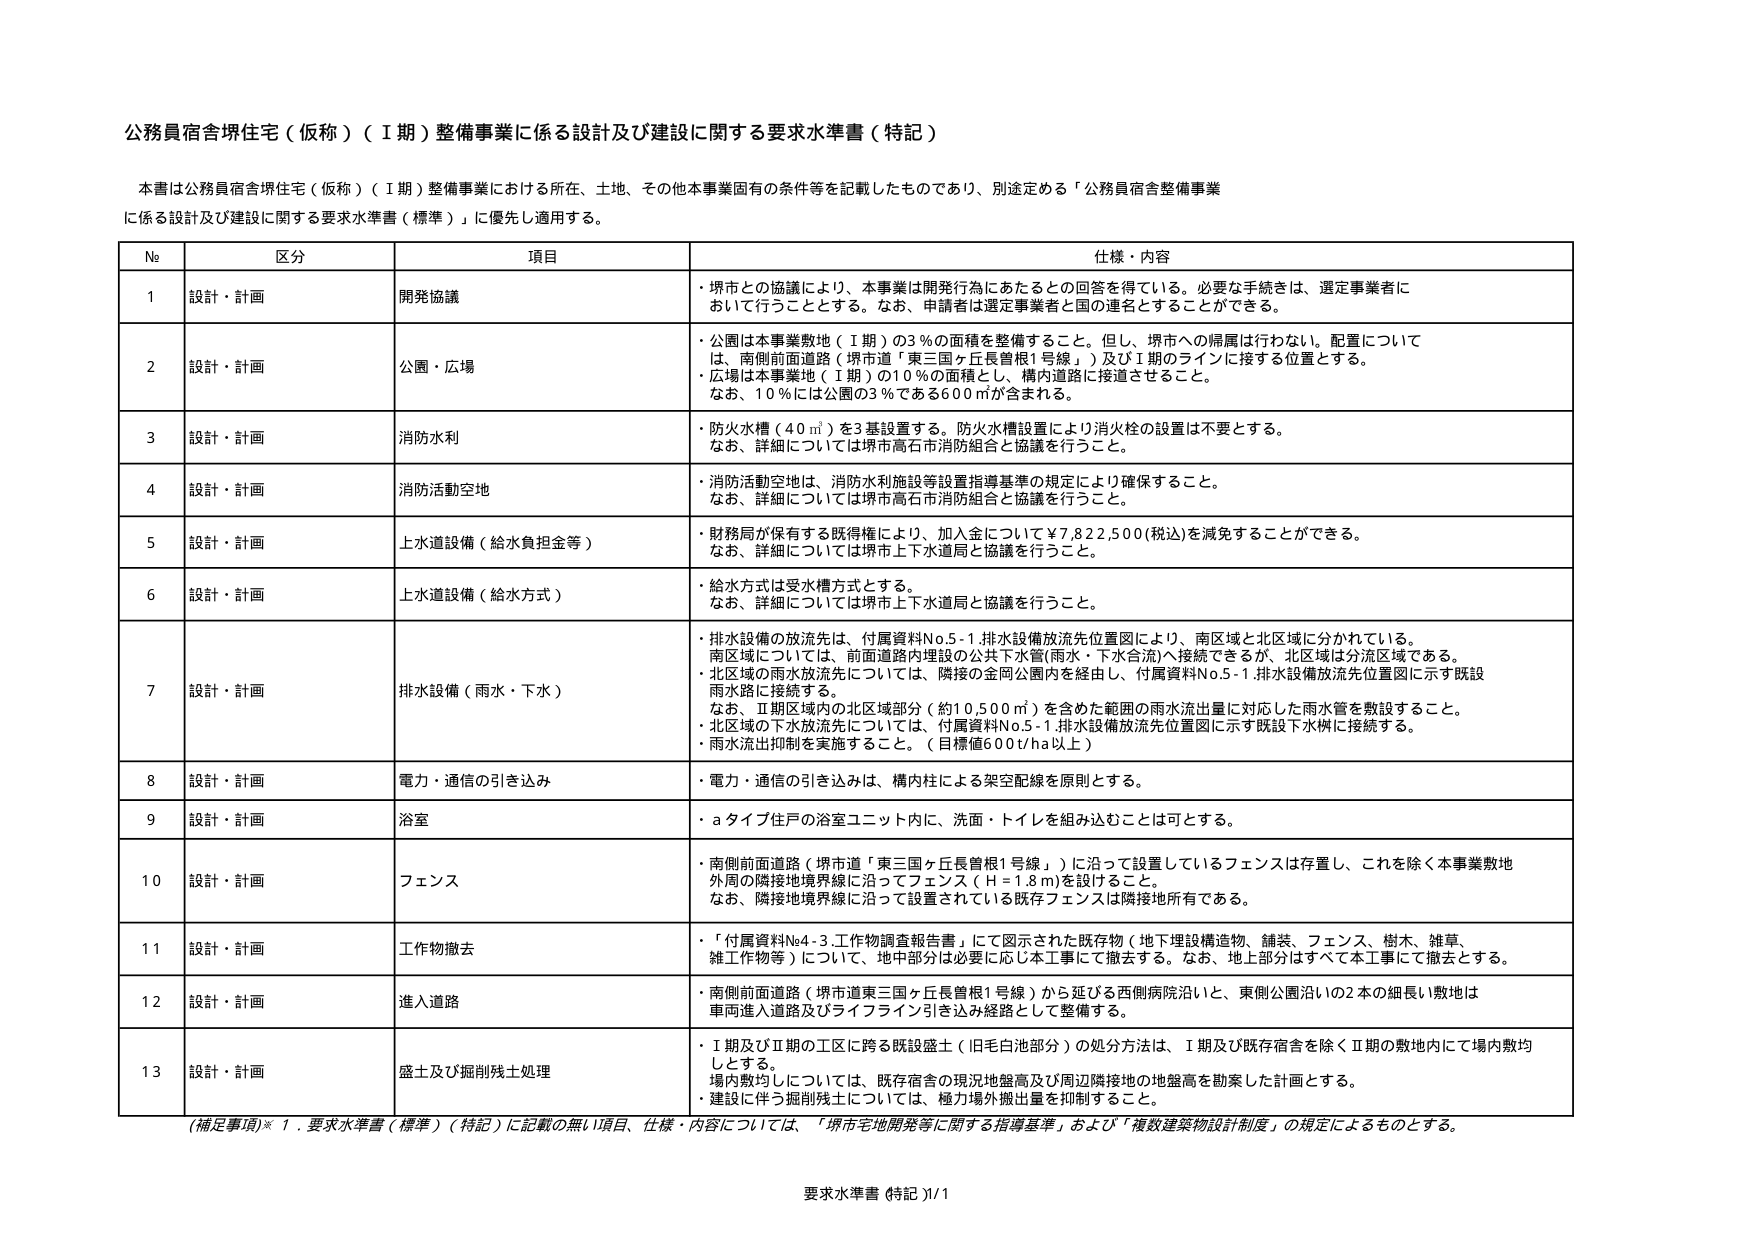
公務員宿舎堺住宅（仮称）（Ⅰ期）整備事業に係る設計及び建設に関する要求水準書（特記）

本書は公務員宿舎堺住宅（仮称）（Ⅰ期）整備事業における所在、土地、その他本事業固有の条件等を記載したものであり、別途定める「公務員宿舎整備事業に係る設計及び建設に関する要求水準書（標準）」に優先して適用する。

| № | 区分 | 項目 | 仕様・内容 |
|---|------|------|------------|
| 1 | 設計・計画 | 開発協議 | ・堺市との協議により、本事業は開発行為にあたるとの回答を得ている。必要な手続きは、選定事業者において行うこととする。なお、申請者は選定事業者と国の連名とすることができる。 |
| 2 | 設計・計画 | 公園・広場 | ・公園は本事業敷地（Ⅰ期）の3％の面積を整備すること。但し、堺市への帰属は行わない。配置については、南側前面道路（堺市道「東三国ヶ丘長曽根1号線」）及びⅠ期のラインに接する位置とする。<br>・広場は本事業地（Ⅰ期）の10％の面積とし、構内道路に接道させること。<br>なお、10％には公園の3％である600㎡が含まれる。 |
| 3 | 設計・計画 | 消防水利 | ・防火水槽（40㎥）を3基設置する。防火水槽設置により消火栓の設置は不要とする。<br>なお、詳細については堺市高石市消防組合と協議を行うこと。 |
| 4 | 設計・計画 | 消防活動空地 | ・消防活動空地は、消防水利施設等設置指導基準の規定により確保すること。<br>なお、詳細については堺市高石市消防組合と協議を行うこと。 |
| 5 | 設計・計画 | 上水道設備（給水負担金等） | ・財務局が保有する既得権により、加入金について¥7,822,500(税込)を減免することができる。<br>なお、詳細については堺市上下水道局と協議を行うこと。 |
| 6 | 設計・計画 | 上水道設備（給水方式） | ・給水方式は受水槽方式とする。<br>なお、詳細については堺市上下水道局と協議を行うこと。 |
| 7 | 設計・計画 | 排水設備（雨水・下水） | ・排水設備の放流先は、付属資料No.5-1.排水設備放流先位置図により、南区域と北区域に分かれている。<br>南区域については、前面道路内埋設の公共下水管(雨水・下水合流)へ接続できるが、北区域は分流区域である。<br>・北区域の雨水放流先については、隣接の金岡公園内を経由し、付属資料No.5-1.排水設備放流先位置図に示す既設雨水路に接続する。<br>なお、Ⅱ期区域内の北区域部分（約10,500㎡）を含めた範囲の雨水流出量に対応した雨水管を敷設すること。<br>・北区域の下水放流先については、付属資料No.5-1.排水設備放流先位置図に示す既設下水桝に接続する。<br>・雨水流出抑制を実施すること。（目標値600ℓ/ha以上） |
| 8 | 設計・計画 | 電力・通信の引き込み | ・電力・通信の引き込みは、構内柱による架空配線を原則とする。 |
| 9 | 設計・計画 | 浴室 | ・aタイプ住戸の浴室ユニット内に、洗面・トイレを組み込むことは可とする。 |
| 10 | 設計・計画 | フェンス | ・南側前面道路（堺市道「東三国ヶ丘長曽根1号線」）に沿って設置しているフェンスは存置し、これを除く本事業敷地外周の隣接地境界線に沿ってフェンス（H＝1.8m）を設けること。<br>なお、隣接地境界線に沿って設置されている既存フェンスは隣接地所有である。 |
| 11 | 設計・計画 | 工作物撤去 | ・「付属資料No.4-3.工作物調査報告書」にて図示された既存物（地下埋設構造物、舗装、フェンス、樹木、雑草、雑工作物等）について、地中部分は必要に応じ本工事にて撤去する。なお、地上部分はすべて本工事にて撤去とする。 |
| 12 | 設計・計画 | 進入道路 | ・南側前面道路（堺市道東三国ヶ丘長曽根1号線）から延びる西側病院沿いと、東側公園沿いの2本の細長い敷地は車両進入道路及びライフライン引き込み経路として整備する。 |
| 13 | 設計・計画 | 盛土及び掘削残土処理 | ・Ⅰ期及びⅡ期の工区に跨る既設盛土（旧毛白池部分）の処分方法は、Ⅰ期及び既存宿舎を除くⅡ期の敷地内にて場内敷均しとする。<br>場内敷均しについては、既存宿舎の現況地盤高及び周辺隣接地の地盤高を勘案した計画とする。<br>・建設に伴う掘削残土については、極力場外搬出量を抑制すること。 |

（補足事項）※1．要求水準書（標準）（特記）に記載の無い項目、仕様・内容については、「堺市宅地開発等に関する指導基準」および「複数建築物設計制度」の規定によるものとする。

要求水準書（特記）1/1